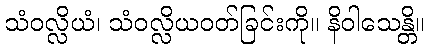
သံဝလ္လိယံ၊ သံဝလ္လိယဝတ်ခြင်းကို။ နိဝါသေန္တိ။